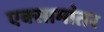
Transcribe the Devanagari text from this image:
एक्सामांतर